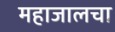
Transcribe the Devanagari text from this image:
महाजालचा